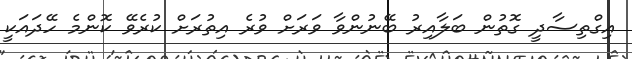
އިގްތިސާދީ ގޮތުން ބަލާއިރު ބޭނުންވާ ވަރަށް ވުރެ އިތުރަށް ކުރެވޭ ކޮންމެ ހޭދައަކީ